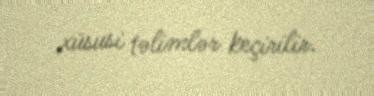
xüsusi təlimlər keçirilir.